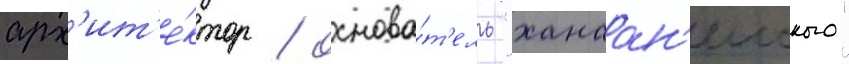
арх'ит'е́ктор / основа́т'ель "ханаан'еиского"